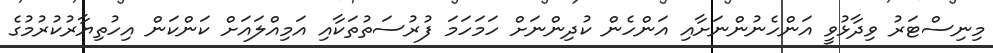
މިނިސްޓަރު ވިދާޅުވީ އަންހެނުންނަށާއި އަންހެން ކުދިންނަށް ހަމަހަމަ ފުރުސަތުތަކާއި އަމިއްލައަށް ކަންކަން އިހުތިޔާރުކުރުމުގެ